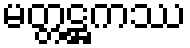
မတ္တဋ္ဌကဿ